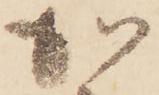
加